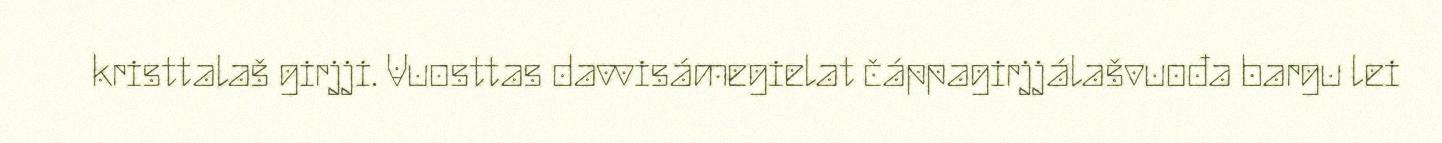
kristtalaš girjji. Vuosttas davvisámegielat čáppagirjjálašvuođa bargu lei